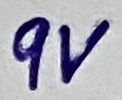
Text: 9V